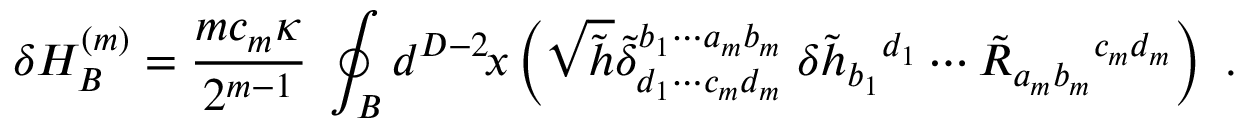
\delta H _ { B } ^ { ( m ) } = \frac { m c _ { m } \kappa } { 2 ^ { m - 1 } } \; \oint _ { B } d ^ { D - 2 } \! x \left( \sqrt { \tilde { h } } \tilde { \delta } _ { d _ { 1 } \cdots c _ { m } d _ { m } } ^ { b _ { 1 } \cdots a _ { m } b _ { m } } \; \delta \tilde { h } _ { b _ { 1 } } { } ^ { d _ { 1 } } \cdots \tilde { R } _ { a _ { m } b _ { m } } { } ^ { c _ { m } d _ { m } } \right) \ .